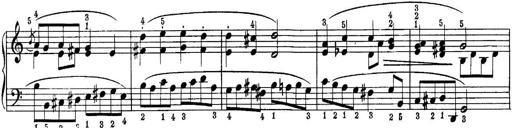
Title: Piano Sonatina No.1 in C major
Composer: Tadeusz Joteyko
Key: C major